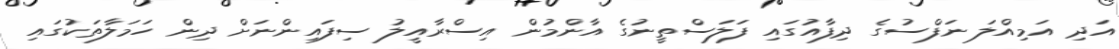
އަދި އަމިއްލަ ނަފްސުގެ ދިފާއުގައި ފަލަސްތީނުގެ އާންމުން އިސްރާއީލު ސިފައިންނަށް ދިން ހަމަލާތަކުގައި